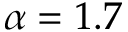
\alpha = 1 . 7